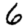
Digit: 6